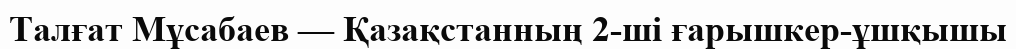
Талғат Мұсабаев — Қазақстанның 2-ші ғарышкер-ұшқышы